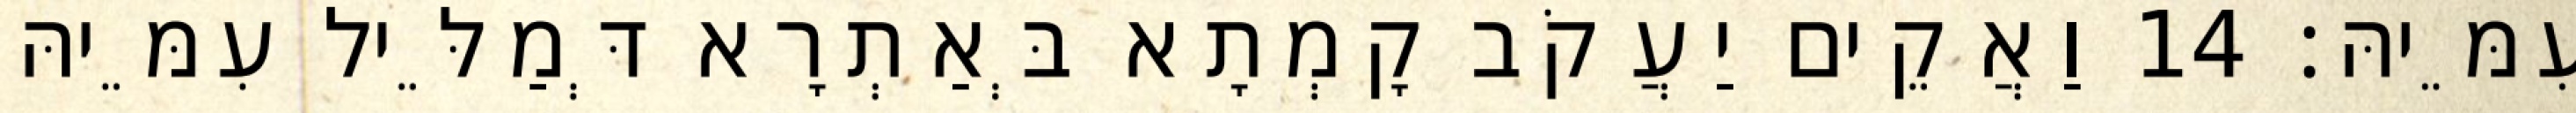
עִמֵּיהּ׃ 14 וַאֲקֵים יַעֲקֹב קָמְתָא בְּאַתְרָא דְּמַלֵּיל עִמֵּיהּ